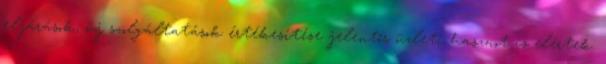
eljárások, új szolgáltatások értékesítése jelentős üzleti hasznot is elértek.